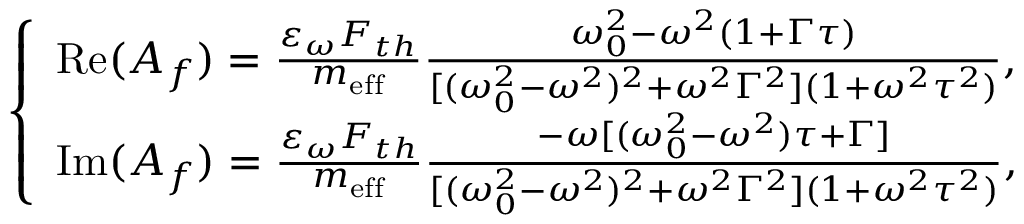
\left\{ \begin{array} { l l } { \mathrm { R e } ( A _ { f } ) = \frac { \varepsilon _ { \omega } F _ { t h } } { m _ { \mathrm { e f f } } } \frac { \omega _ { 0 } ^ { 2 } - \omega ^ { 2 } ( 1 + \Gamma \tau ) } { [ ( \omega _ { 0 } ^ { 2 } - \omega ^ { 2 } ) ^ { 2 } + \omega ^ { 2 } \Gamma ^ { 2 } ] ( 1 + \omega ^ { 2 } \tau ^ { 2 } ) } , } \\ { \mathrm { I m } ( A _ { f } ) = \frac { \varepsilon _ { \omega } F _ { t h } } { m _ { \mathrm { e f f } } } \frac { - \omega [ ( \omega _ { 0 } ^ { 2 } - \omega ^ { 2 } ) \tau + \Gamma ] } { [ ( \omega _ { 0 } ^ { 2 } - \omega ^ { 2 } ) ^ { 2 } + \omega ^ { 2 } \Gamma ^ { 2 } ] ( 1 + \omega ^ { 2 } \tau ^ { 2 } ) } , } \end{array} \right.